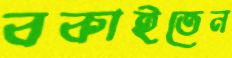
বকাইতেন